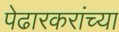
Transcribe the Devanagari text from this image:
पेढारकरांच्या